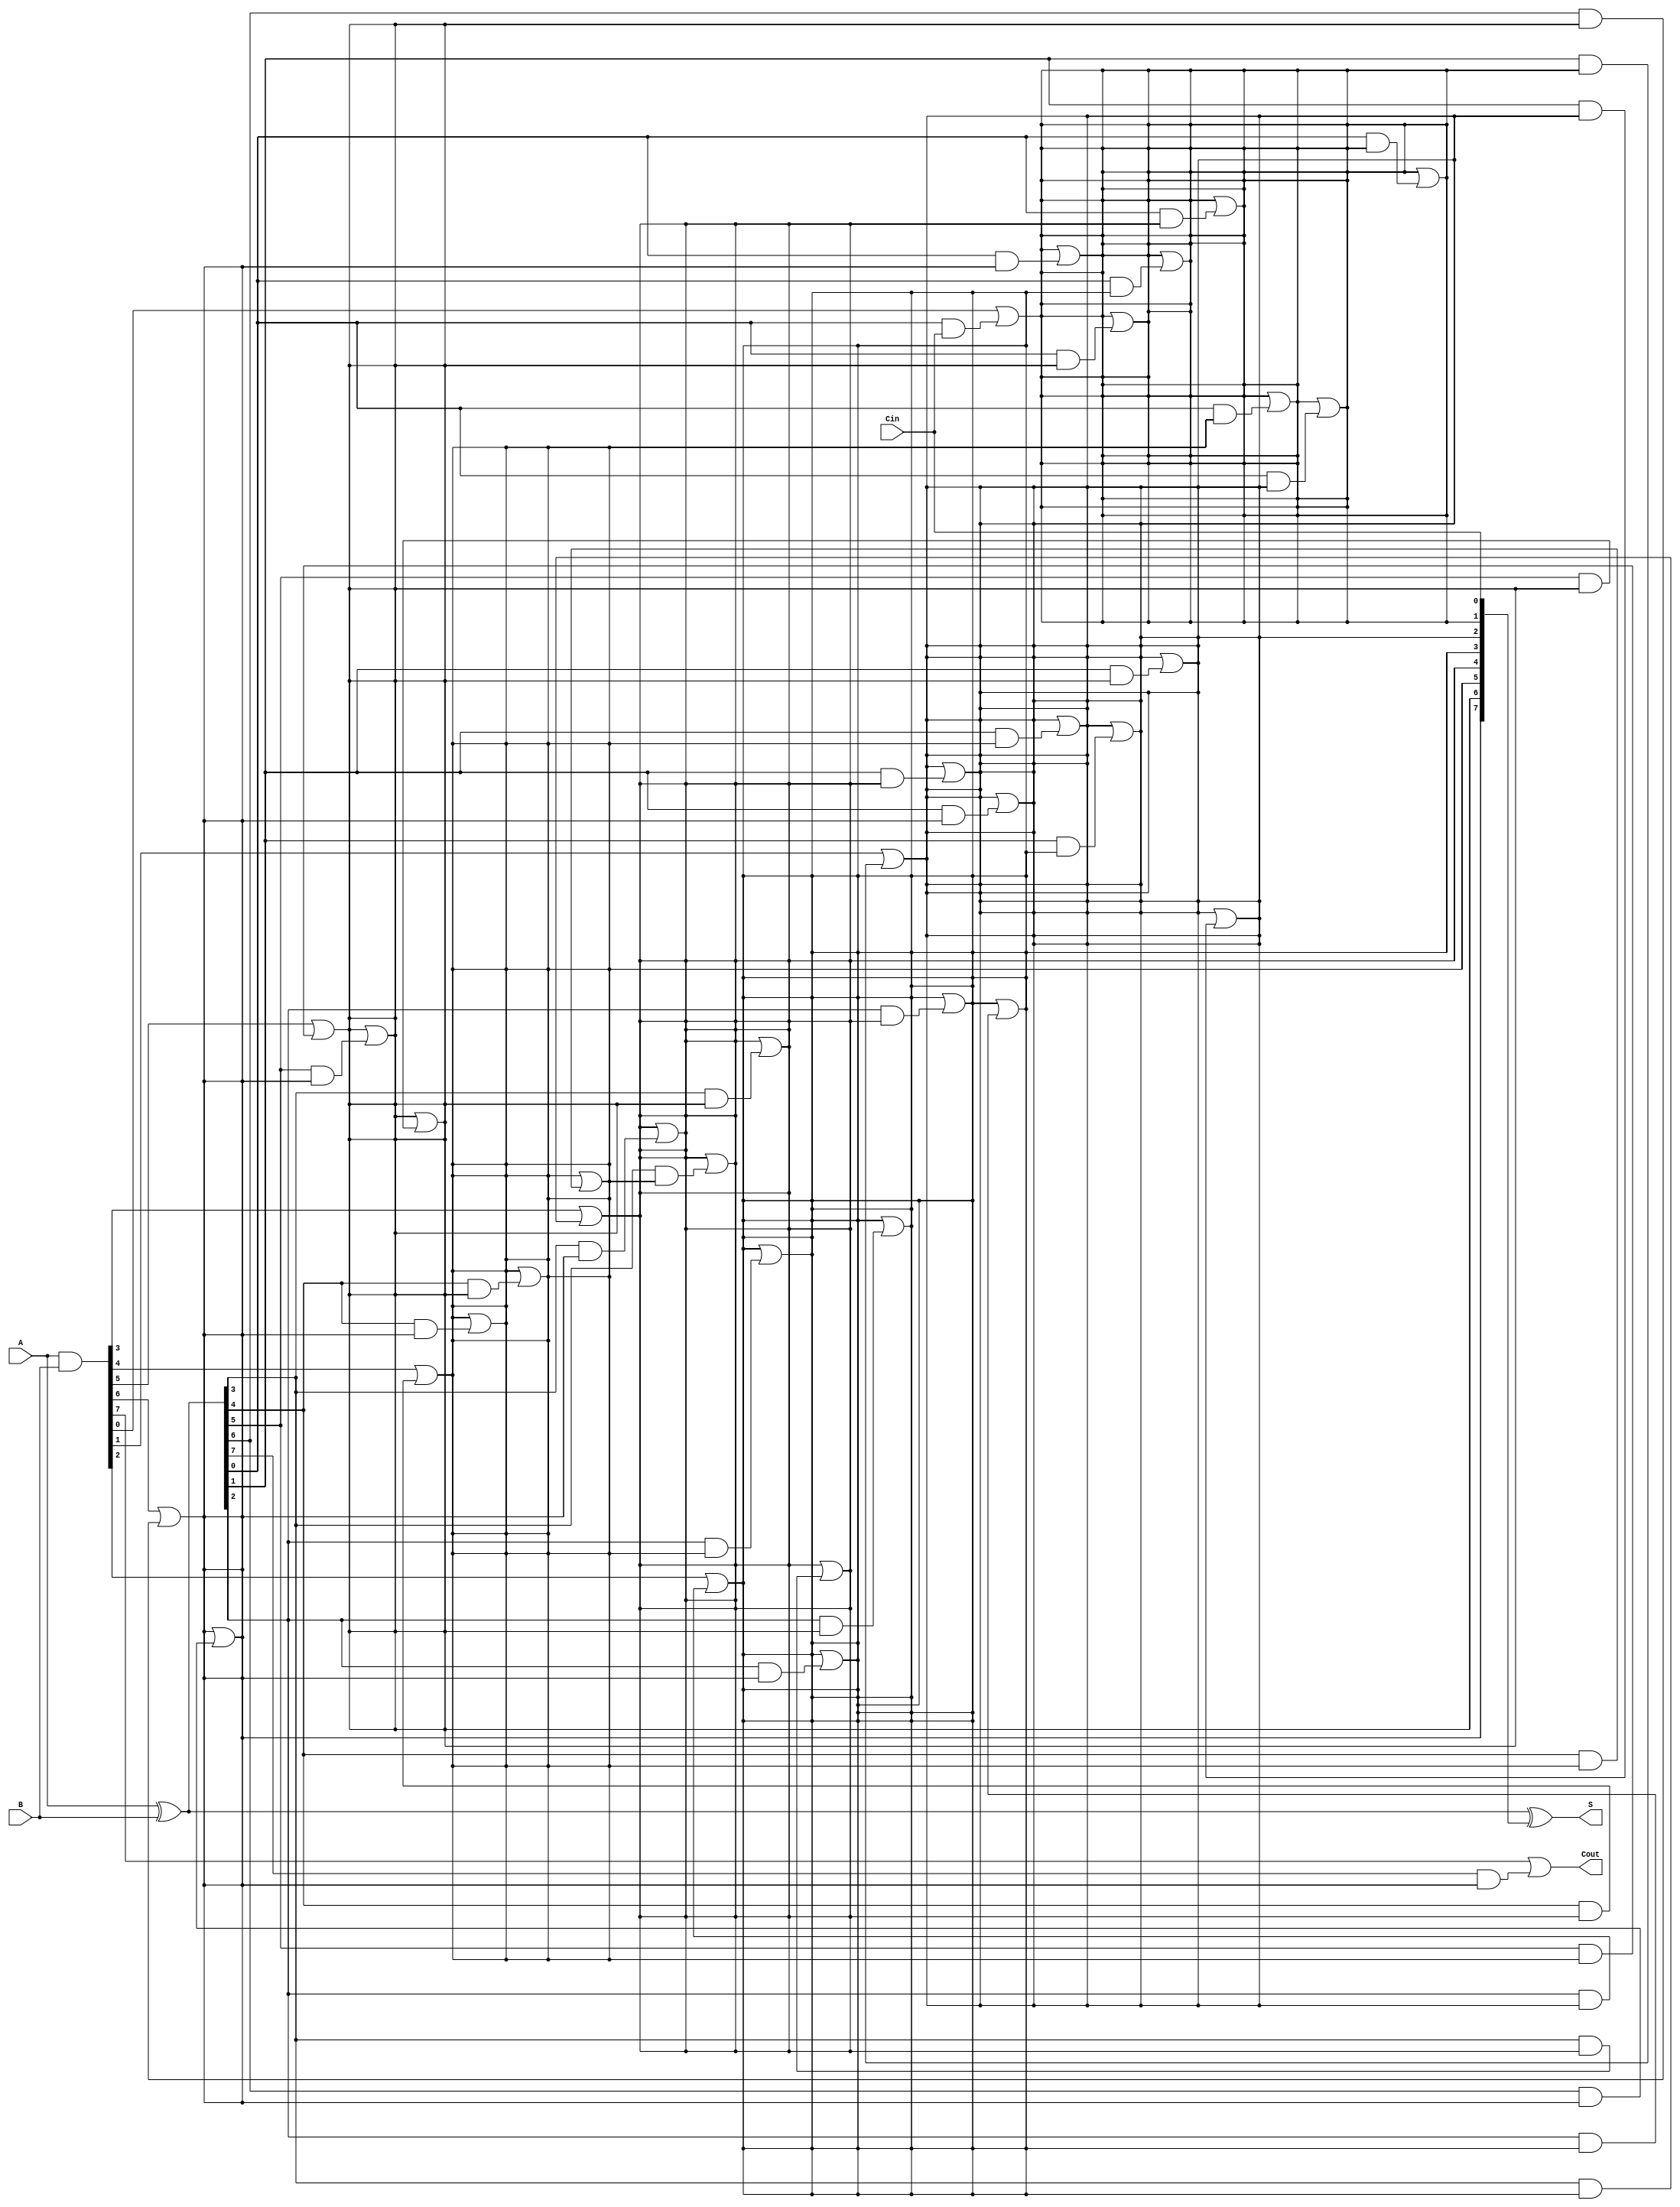
module Parallel_Prefix_Adder #(parameter N = 8) (
    input  wire [N-1:0] A,      // First n-bit input
    input  wire [N-1:0] B,      // Second n-bit input
    input  wire        Cin,      // Carry-in
    output wire [N-1:0] S,      // n-bit sum output
    output wire        Cout      // Carry-out
);

    // Generate and Propagate signals
    wire [N-1:0] G; // Generate
    wire [N-1:0] P; // Propagate
    wire [N:0] C;   // Carry bits

    // Generate and Propagate calculations
    assign G = A & B;          // Generate
    assign P = A ^ B;          // Propagate

    // Carry bits initialization
    assign C[0] = Cin;

    // Carry computation using Kogge-Stone logic
    genvar i, j;
    generate
        // First level of carry generation
        for (i = 0; i < N; i = i + 1) begin : level1
            assign C[i+1] = G[i] | (P[i] & C[i]);
        end

        // Additional levels of carry generation
        for (j = 1; j < N; j = j + 1) begin : levels
            for (i = 0; i < N-j; i = i + 1) begin : carry_levels
                assign C[i+1] = C[i+1] | (P[i] & C[i+j]);
            end
        end
    endgenerate

    // Sum calculation
    assign S = P ^ C[N-1:0];

    // Final carry-out
    assign Cout = C[N];

endmodule